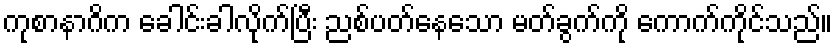
ကုစာနာဂိက ခေါင်းခါလိုက်ပြီး ညစ်ပတ်နေသော မတ်ခွက်ကို ကောက်ကိုင်သည်။